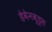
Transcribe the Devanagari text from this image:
हेवेनवूड्स